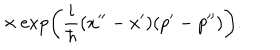
\times \exp \left( { \frac { i } { \hbar } } ( x ^ { \prime \prime } - x ^ { \prime } ) ( p ^ { \prime } - p ^ { \prime \prime } ) \right) .